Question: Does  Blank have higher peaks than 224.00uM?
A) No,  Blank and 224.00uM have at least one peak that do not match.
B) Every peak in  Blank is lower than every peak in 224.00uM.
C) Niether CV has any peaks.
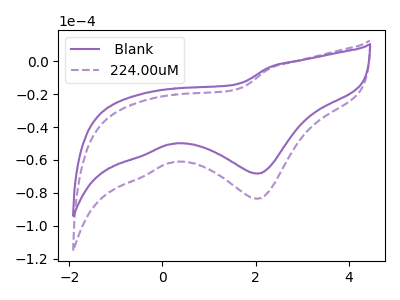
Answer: <think>The purple curve " Blank" has a cathodic peak at: (2.05V, -68.25uA). The purple dashed curve "224.00uM" has a cathodic peak at: (2.05V, -83.55uA).</think>
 <answer>B) Every peak in " Blank" is lower than every peak in "224.00uM".</answer>
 <eval>B</eval>